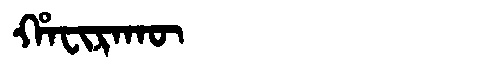
Manchu: ᡥᠠᠸᡳᡵᠠᡴᡡ
Romanization: HAFIRAKŪ